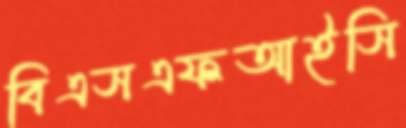
বিএসএফআইসি